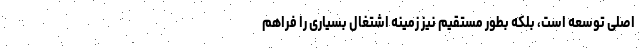
اصلی توسعه است، بلکه بطور مستقیم نیز زمینه اشتغال بسیاری را فراهم